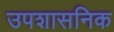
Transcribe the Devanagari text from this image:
उपशासनिक